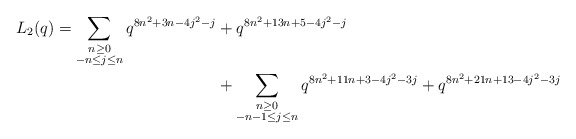
\begin{align*} \begin{aligned}L_{2}(q) = \sum_{\substack{n \geq 0 \\ -n \leq j \leq n}} q^{8n^2 + 3n - 4j^2 - j} & + q^{8n^2 + 13n + 5- 4j^2-j} \\& + \sum_{\substack{n \geq 0 \\ -n-1 \leq j \leq n}} q^{8n^2 + 11n + 3 - 4j^2 -3j} + q^{8n^2 + 21n + 13 - 4j^2 -3j}\end{aligned}\end{align*}